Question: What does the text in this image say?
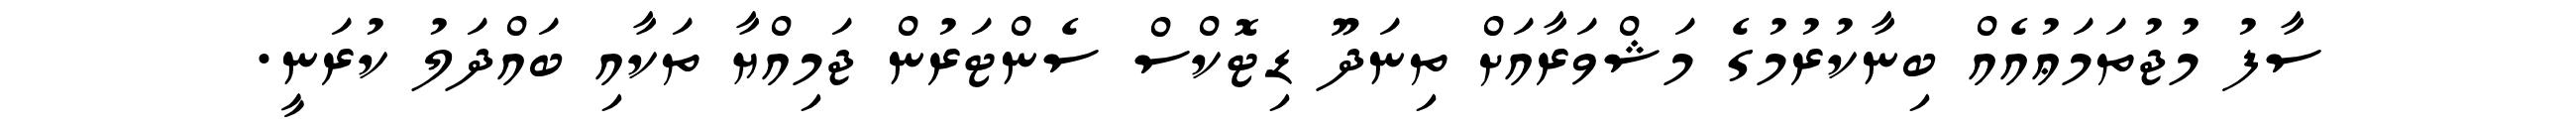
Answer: ސާފު މުޖުތަމަޢުއެއް ބިނާކުރުމުގެ މަޝްވަރާއަށް ތިނަދޫ ޑިޓޮކްސް ސެންޓަރުން ޖަމިއްޔާ ތަކާއި ބައްދަލު ކުރަނީ.